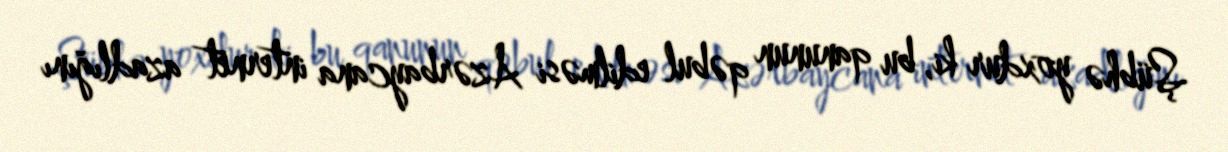
Şübhə yoxdur ki, bu qanunun qəbul edilməsi Azərbaycana internet azadlığını